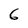
Character: 6